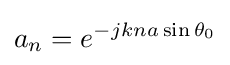
a_{n}=e^{-jkna\sin \theta _{0}}